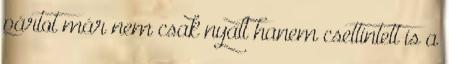
pártot már nem csak nyalt hanem csettintett is a